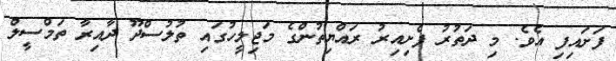
ފަށައިފި އެވެ. މި ދަތުރު ފެށިއިރު ރައްޔިތުންގެ މަޖިލީހުގައި ތުލުސްދޫ ދާއިރާ ތަމްސީލް